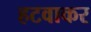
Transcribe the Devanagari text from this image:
हटवाकर